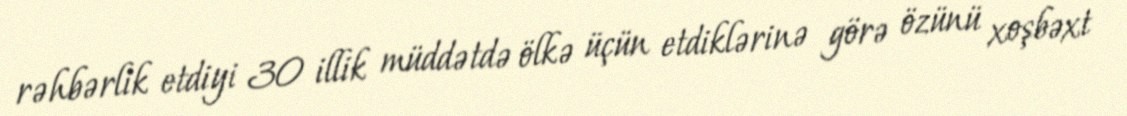
rəhbərlik etdiyi 30 illik müddətdə ölkə üçün etdiklərinə görə özünü xoşbəxt